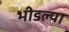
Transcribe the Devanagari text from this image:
भीडल्या